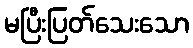
မပြီးပြတ်သေးသော